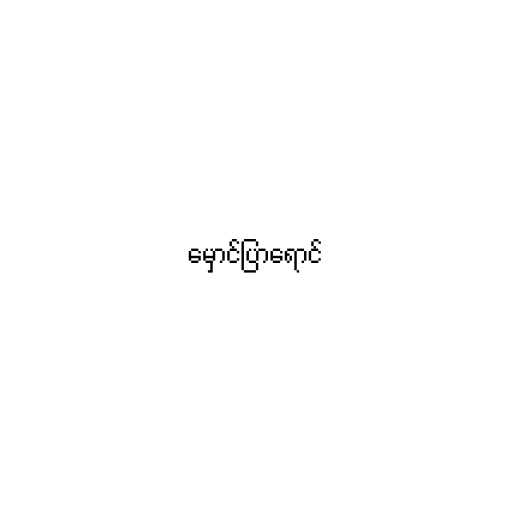
မှောင်ပြာရောင်